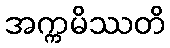
အက္ကမိဿတိ